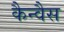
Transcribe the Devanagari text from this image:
कैन्वैस